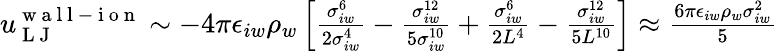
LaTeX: \begin{array}{r}{u_{\mathrm{~L~J~}}^{\mathrm{~w~a~l~l~-~i~o~n~}}\sim-4\pi\epsilon_{iw}\rho_{w}\left[\frac{\sigma_{iw}^{6}}{2\sigma_{iw}^{4}}-\frac{\sigma_{iw}^{12}}{5\sigma_{iw}^{10}}+\frac{\sigma_{iw}^{6}}{2L^{4}}-\frac{\sigma_{iw}^{12}}{5L^{10}}\right]\approx\frac{6\pi\epsilon_{iw}\rho_{w}\sigma_{iw}^{2}}{5}}\end{array}